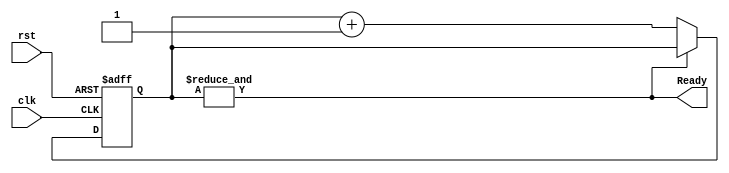
module ReadyBuffer (clk,rst,Ready);

	input clk, rst;

	output Ready;
		wire Ready;

	reg[1:0] buff;

	assign Ready = &buff;

	always @(posedge clk or negedge rst)
	begin
		if(!rst)
			buff <= 2'd0;
		else
			if(!(&buff))
				buff <= buff + 2'd1;
	end

endmodule